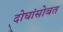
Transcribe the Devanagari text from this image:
दोघांसोबत